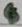
Text: 4